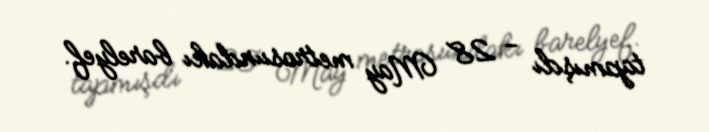
tapmışdı - 28 May metrosundakı barelyef.